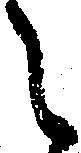
々